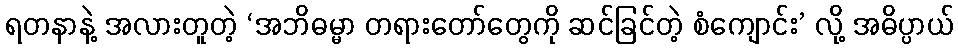
ရတနာနဲ့ အလားတူတဲ့ ‘အဘိဓမ္မာ တရားတော်တွေကို ဆင်ခြင်တဲ့ စံကျောင်း’ လို့ အဓိပ္ပာယ်